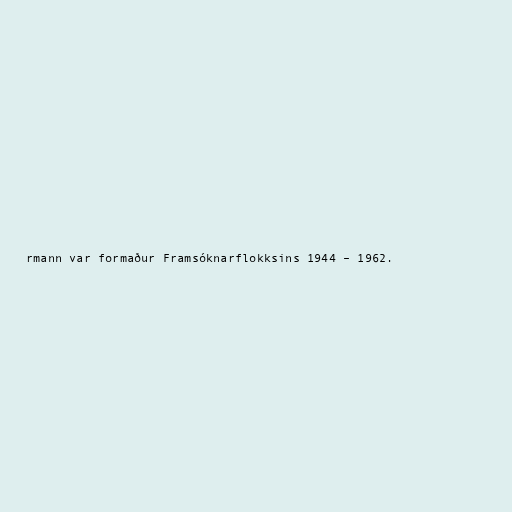
rmann var formaður Framsóknarflokksins 1944 – 1962.